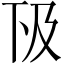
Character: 𠀨